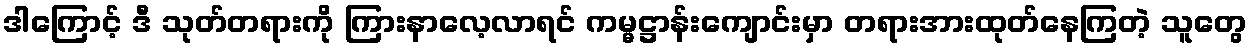
ဒါကြောင့် ဒီ သုတ်တရားကို ကြားနာလေ့လာရင် ကမ္မဋ္ဌာန်းကျောင်းမှာ တရားအားထုတ်နေကြတဲ့ သူတွေ